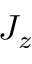
J _ { z }